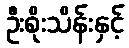
ဦးစိုးသိန်းနှင့်